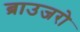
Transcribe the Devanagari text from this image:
ब्राउजरो